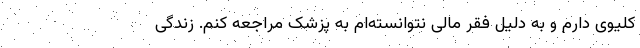
کلیوی دارم و به دلیل فقر مالی نتوانسته‌ام به پزشک مراجعه کنم. زندگی